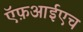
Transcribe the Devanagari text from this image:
ऍफ़आईएच